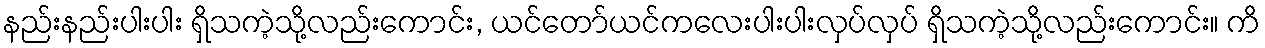
နည်းနည်းပါးပါး ရှိသကဲ့သို့လည်းကောင်း, ယင်တော်ယင်ကလေးပါးပါးလှပ်လှပ် ရှိသကဲ့သို့လည်းကောင်း။ ကိ